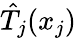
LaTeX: {\hat{T}}_{j}(x_{j})